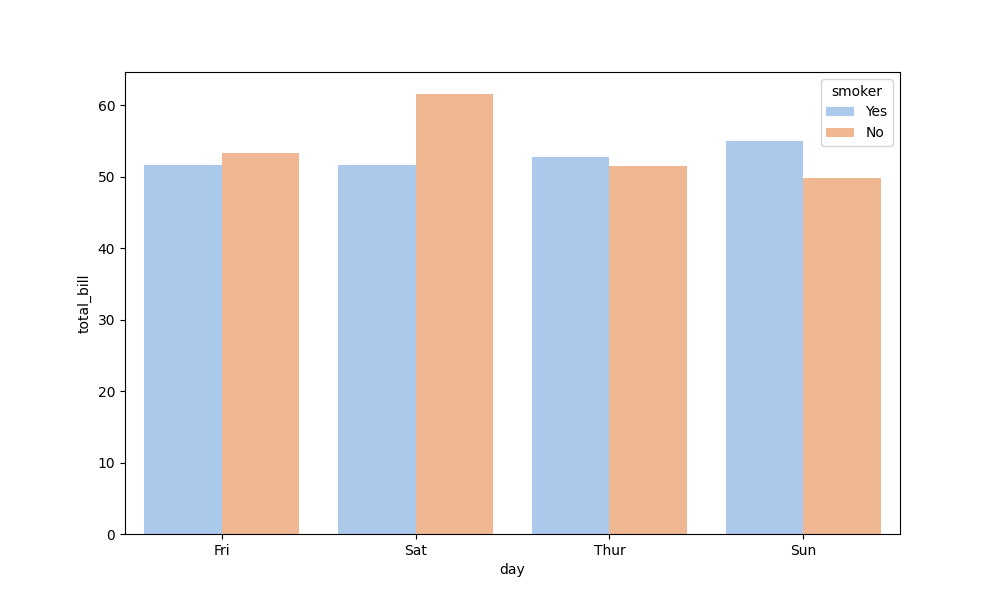
python, seaborn, barplot, hue='smoker', palette='pastel', ci=None, orient='v'